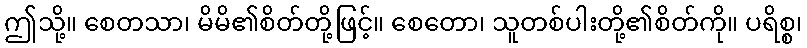
ဤသို့။ စေတသာ၊ မိမိ၏စိတ်တို့ဖြင့်။ စေတော၊ သူတစ်ပါးတို့၏စိတ်ကို။ ပရိစ္စ၊